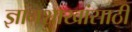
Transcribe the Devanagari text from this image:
ज्ञानशाखांसाठी